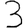
Digit: 3